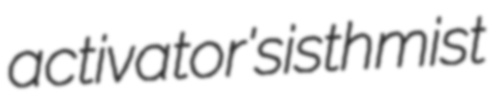
activator's isthmist